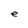
Character: e